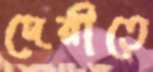
দেরীতে